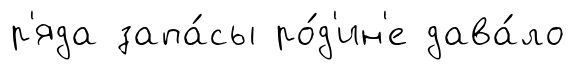
р'яда запа́сы ро́д'ин'е дава́ло